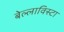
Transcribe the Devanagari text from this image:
बेल्लाविस्टा